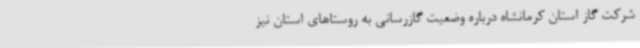
شرکت گاز استان کرمانشاه درباره وضعیت گازرسانی به روستاهای استان نیز